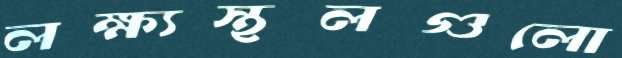
লক্ষ্যস্থলগুলো